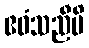
ဧဝံသညီပိ